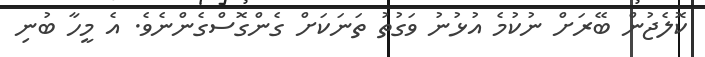
ކޮލެޖުން ބޭރަށް ނުކުމެ އުޅުނު ވަގުތު ތަނަކަށް ގެންގޮސްގެންނެވެ. އެ މީހާ ބުނި